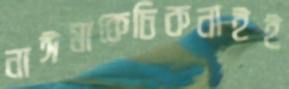
নাঈমাকেচিকনাইই